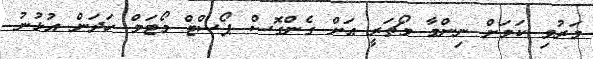
މަރުވި ކަމަށް ނިންމާ މޯޗަރީ އަށް ގެންގޮސް ޕޯސްޓް މޯޓަމް ހަދަން އުުޅުނު